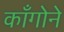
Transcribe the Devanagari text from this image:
काँगोने